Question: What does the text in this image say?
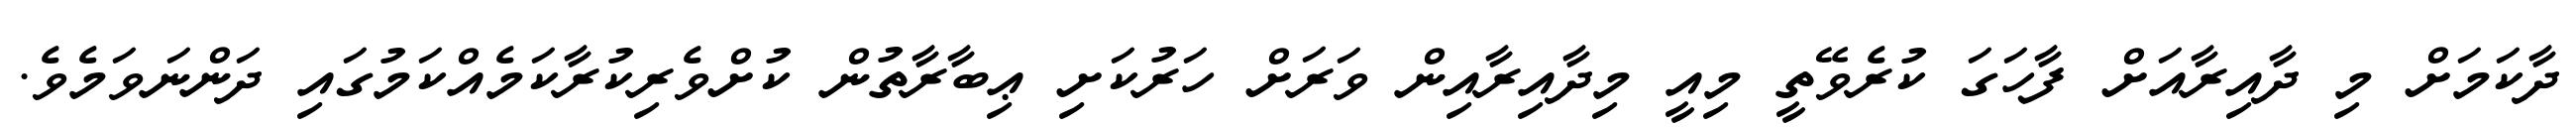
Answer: ދާކަމަށް މި ދާއިރާއަށް ފާހަގަ ކުރެވޭތީ މިއީ މިދާއިރާއިން ވަރަށް ހަރުކަށި ޢިބާރާތުން ކުށްވެރިކުރާކަމެއްކަމުގައި ދަންނަވަމެވެ.